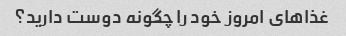
غذاهای امروز خود را چگونه دوست دارید؟